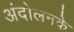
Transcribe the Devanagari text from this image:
अंदोलनके